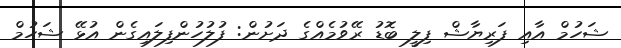
ޝަހުމް އާއި ފަރިޔާޝް ފިލީ ބޮޑު ރޭވުމެއްގެ ދަށުން: ފުލުހުންފިލައިގެން އުޅޭ ޝަހުމް